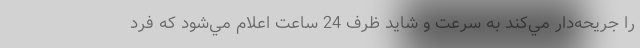
را جريحه‌دار مي‌كند به سرعت و شايد ظرف 24 ساعت اعلام مي‌شود كه فرد